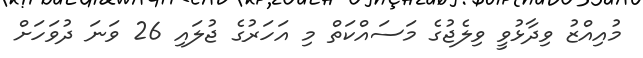
މުއިއްޒު ވިދާޅުވީ ވިލެޖުގެ މަސައްކަތް މި އަހަރުގެ ޖުލައި 26 ވަނަ ދުވަހަށް